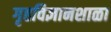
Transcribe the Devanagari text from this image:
गृहविज्ञानशाळा